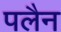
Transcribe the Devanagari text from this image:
पलैन